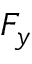
F _ { y }